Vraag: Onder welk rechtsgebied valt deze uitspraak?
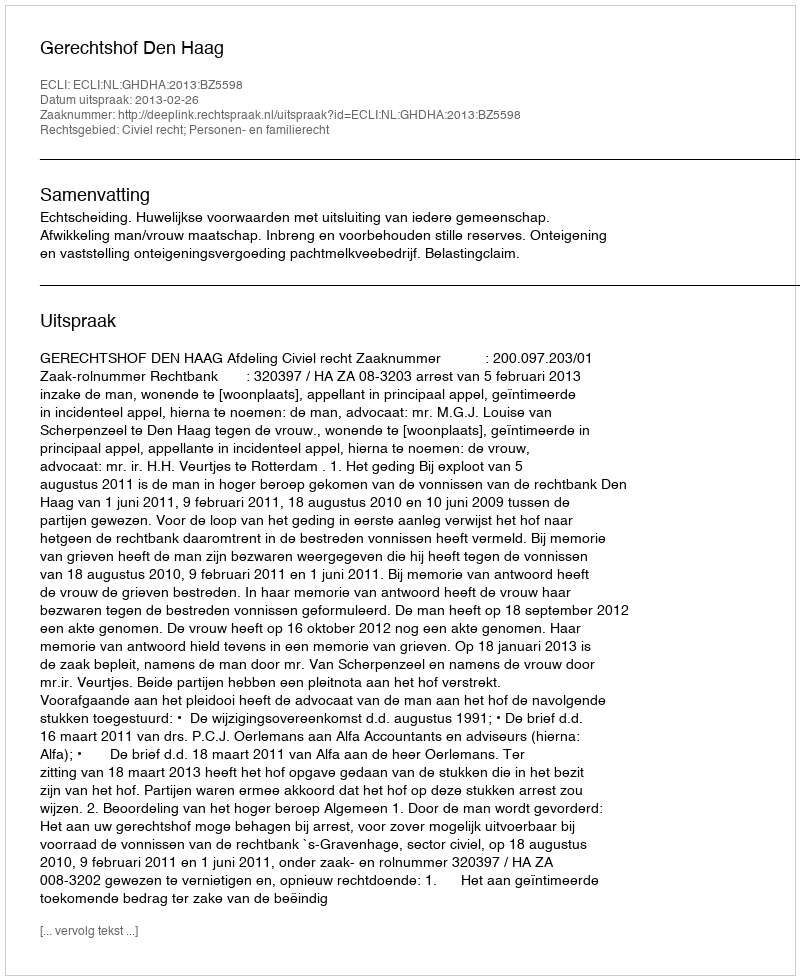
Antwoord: Civiel recht; Personen- en familierecht